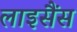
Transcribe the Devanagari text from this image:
लाइसैंस